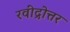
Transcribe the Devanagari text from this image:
रवींद्रोत्तर